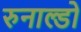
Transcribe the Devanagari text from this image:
रुनाल्डो